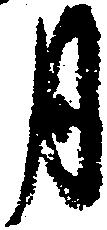
月